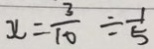
y = \frac { 3 } { 1 0 } \div \frac { 1 } { 5 }